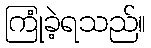
ကြုံခဲ့ရသည်။